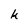
Character: h